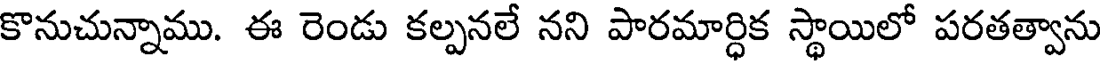
కొనుచున్నాము. ఈ రెండు కల్పనలే నని పారమార్ధిక స్థాయిలో పరతత్వాను